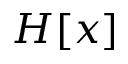
H [ x ]